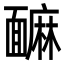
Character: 䩋